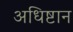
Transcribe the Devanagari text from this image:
अधिष्टान